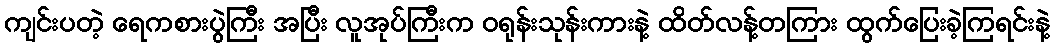
ကျင်းပတဲ့ ရေကစားပွဲကြီး အပြီး လူအုပ်ကြီးက ဝရုန်းသုန်းကားနဲ့ ထိတ်လန့်တကြား ထွက်ပြေးခဲ့ကြရင်းနဲ့